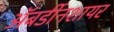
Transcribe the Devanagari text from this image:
अॅबर्डीनशायर